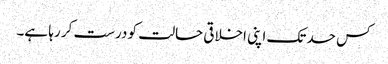
کس حد تک اپنی اخلاقی حالت کو درست کر رہا ہے۔